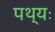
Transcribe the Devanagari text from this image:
पथ्यः